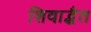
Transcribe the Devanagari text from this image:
शिवाद्भैत